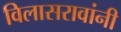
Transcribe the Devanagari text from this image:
विलासरावांनी